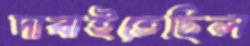
দাবাইতেছিল